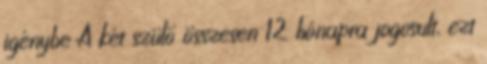
igénybe A két szülő összesen 12 hónapra jogosult, ezt